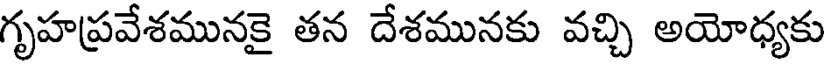
గృహప్రవేశమునకై తన దేశమునకు వచ్చి అయోధ్యకు